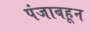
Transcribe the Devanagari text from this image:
पंजाबहून